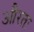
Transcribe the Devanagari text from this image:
औरतः